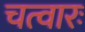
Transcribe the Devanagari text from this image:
चत्वारः